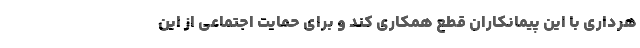
هرداری با این پیمانکاران قطع همکاری کند و برای حمایت اجتماعی از این